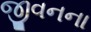
જીવનના